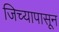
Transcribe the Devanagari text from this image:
जिच्यापासून